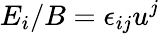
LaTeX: E_{i}/B=\epsilon_{ij}u^{j}